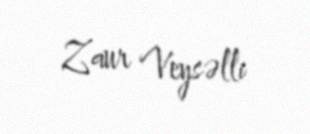
Zaur Veysəlli